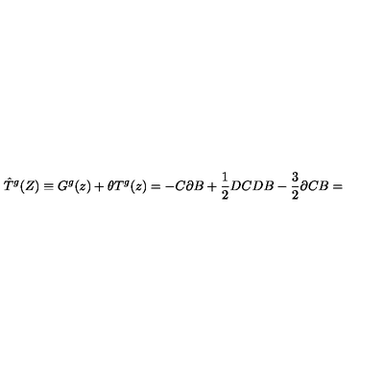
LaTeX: \hat { T } ^ { g } ( Z ) \equiv G ^ { g } ( z ) + \theta T ^ { g } ( z ) = - C \partial B + \frac { 1 } { 2 } D C D B - \frac { 3 } { 2 } \partial C B =